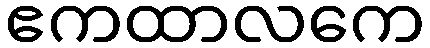
ဧကထာလကေ